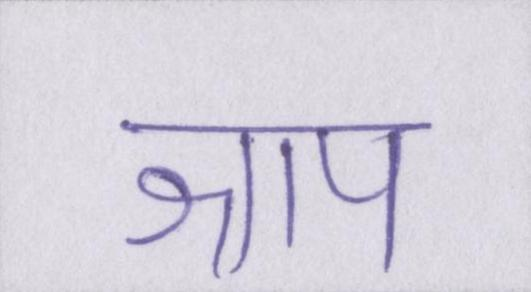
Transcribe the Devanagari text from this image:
श्राप